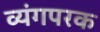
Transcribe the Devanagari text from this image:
व्यंगपरक